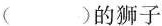
()的狮子